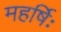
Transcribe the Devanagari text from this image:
महर्षिः